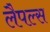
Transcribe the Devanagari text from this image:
लैपल्स